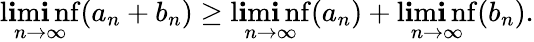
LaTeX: \operatorname*{l\mathbf{i}m\mathbf{i}nf}_{n\to\infty}(a_{n}+b_{n})\geq\operatorname*{l\mathbf{i}m\mathbf{i}nf}_{n\to\infty}(a_{n})+\operatorname*{l\mathbf{i}m\mathbf{i}nf}_{n\to\infty}(b_{n}).